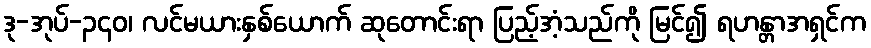
ဒု-အုပ်-၃၄၀၊ လင်မယားနှစ်ယောက် ဆုတောင်းရာ ပြည့်အံ့သည်ကို မြင်၍ ရဟန္တာအရှင်က